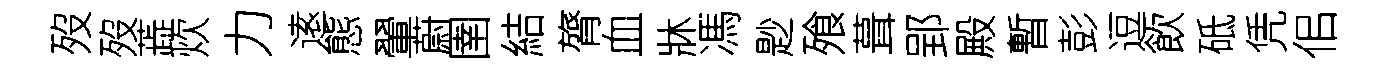
歿歿蕋炊力逺態翬蔚圉結膂血牀馮尟飱葺郢殿暫彭逗飲砥凭佀